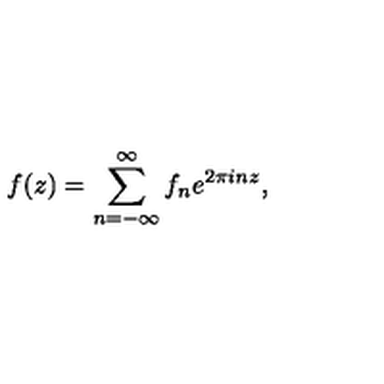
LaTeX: f ( z ) = \sum _ { n = - \infty } ^ { \infty } f _ { n } e ^ { 2 \pi i n z } ,